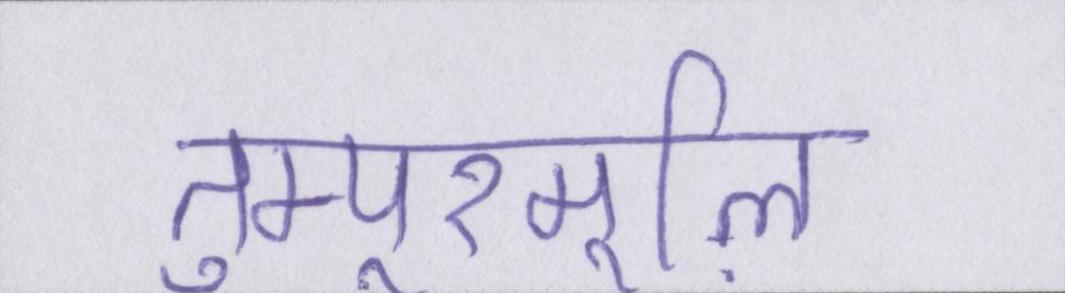
तुम्पूरमूऴि